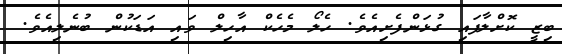
ބިޒީ ކޮށްލާފައި ގުޅަންފެށިއެވެ. ހެލޯ މެހެކް އާހިލް ވައި އަޑަކުން ބުނެލިއެވެ.